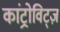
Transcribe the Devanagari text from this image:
कांट्रोविट्ज़